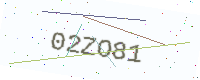
Text: 02ZO81